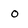
Character: o